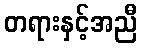
တရားနှင့်အညီ